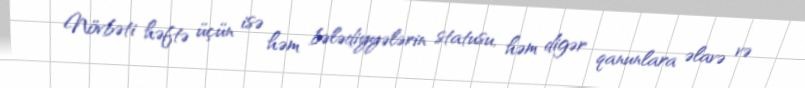
Növbəti həftə üçün isə həm bələdiyyələrin statusu, həm digər qanunlara əlavə və